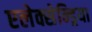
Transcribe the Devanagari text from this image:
एलेक्सेन्ड्रिया